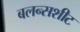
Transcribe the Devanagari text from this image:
बलन्सशीट